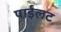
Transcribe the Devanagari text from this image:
पाईलट